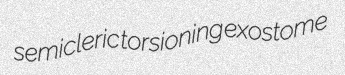
semicleric torsioning exostome